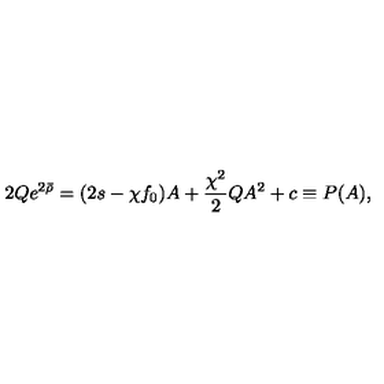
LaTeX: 2 Q e ^ { 2 \bar { \rho } } = ( 2 s - \chi f _ { 0 } ) A + \frac { \chi ^ { 2 } } { 2 } Q A ^ { 2 } + c \equiv P ( A ) ,